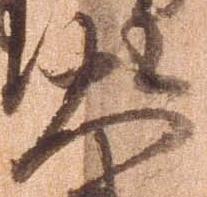
大